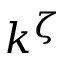
k ^ { \zeta }